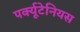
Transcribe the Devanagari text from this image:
पर्क्यूटेनियस